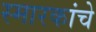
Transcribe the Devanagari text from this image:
स्मारकांचे